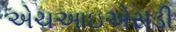
એચઆઇએસડી